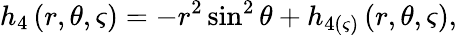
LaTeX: h_{4}\left(r,\theta,\varsigma\right)=-r^{2}\sin^{2}\theta+h_{4(\varsigma)}\left(r,\theta,\varsigma\right),